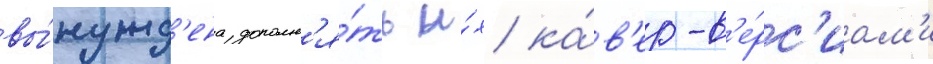
вы́нужд'ена дополн'я́ть и́х ка́в'ер-в'е́рс'иам'и